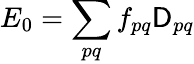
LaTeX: E_{0}=\sum_{pq}f_{pq}\mathsf{D}_{pq}